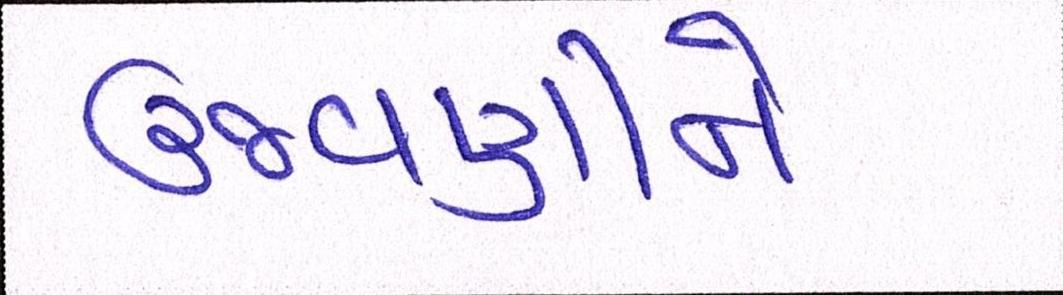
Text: ઉજવણીને